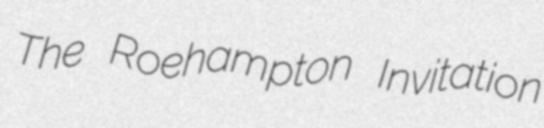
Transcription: The Roehampton Invitation